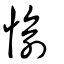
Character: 愉